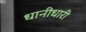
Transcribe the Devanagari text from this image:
धानीधारी